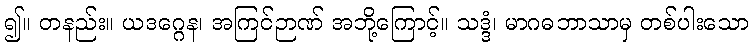
၍။ တနည်း။ ယဒဂ္ဂေန၊ အကြင်ဉာဏ် အဘို့ကြောင့်။ သဒ္ဒံ၊ မာဂဓဘာသာမှ တစ်ပါးသော